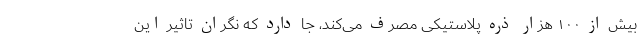
بیش از ۱۰۰ هزار ذره پلاستیکی مصرف می‌کند، جا دارد که نگران تاثیر این